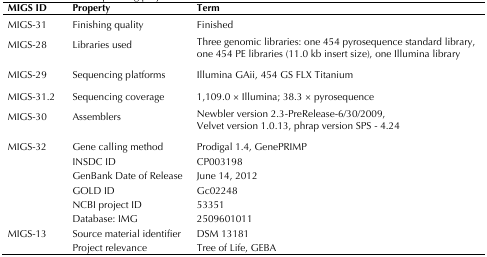
| MIGS ID | Property | Term |
 | --- | --- | --- |
 | MIGS-31 | Finishing quality | Finished |
 | MIGS-28 | Libraries used | Three genomic libraries: one 454 pyrosequence standard library,one 454 PE libraries (11.0 kb insert size), one Illumina library |
 | MIGS-29 | Sequencing platforms | Illumina GAii, 454 GS FLX Titanium |
 | MIGS-31.2 | Sequencing coverage | 1,109.0 × Illumina; 38.3 × pyrosequence |
 | MIGS-30 | Assemblers | Newbler version 2.3-PreRelease-6/30/2009,Velvet version 1.0.13, phrap version SPS - 4.24 |
 | MIGS-32 | Gene calling method | Prodigal 1.4, GenePRIMP |
 |  | INSDC ID | CP003198 |
 |  | GenBank Date of Release | June 14, 2012 |
 |  | GOLD ID | Gc02248 |
 |  | NCBI project ID | 53351 |
 |  | Database: IMG | 2509601011 |
 | MIGS-13 | Source material identifier | DSM 13181 |
 |  | Project relevance | Tree of Life, GEBA |